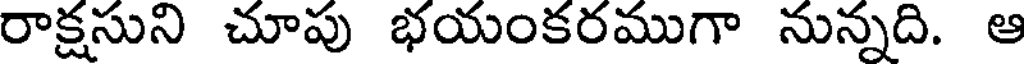
రాక్షసుని చూపు భయంకరముగా నున్నది. ఆ